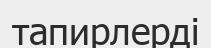
тапирлерді